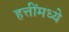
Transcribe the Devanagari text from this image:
हत्तींमध्ये